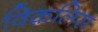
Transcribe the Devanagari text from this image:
विक़लिस